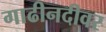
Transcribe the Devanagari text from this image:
गाढीनदीवर